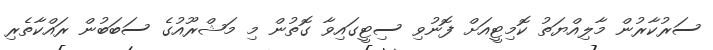
ސަރުކާރުން މާލިއްޔަތު ކޮމިޓީއަށް ފޮނުވި ސިޓީގައިވާ ގޮތުން މި މަޝްރޫއުގެ ސަބަބުން ރައްކާތެރި